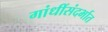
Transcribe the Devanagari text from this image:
गांधींसंदर्भात